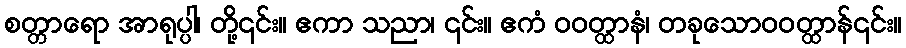
စတ္တာရော အာရုပ္ပါ၊ တို့၎င်း။ ဧကာ သညာ၊ ၎င်း။ ဧကံ ဝဝတ္ထာနံ၊ တခုသောဝဝတ္ထာန်၎င်း။